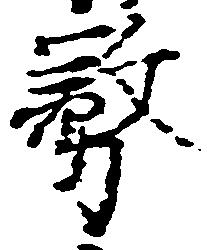
務